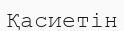
Қасиетін